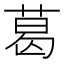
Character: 葛